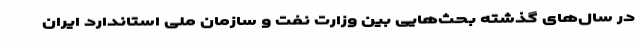
در سال‌های گذشته بحث‌هایی بین وزارت نفت و سازمان ملی استاندارد ایران